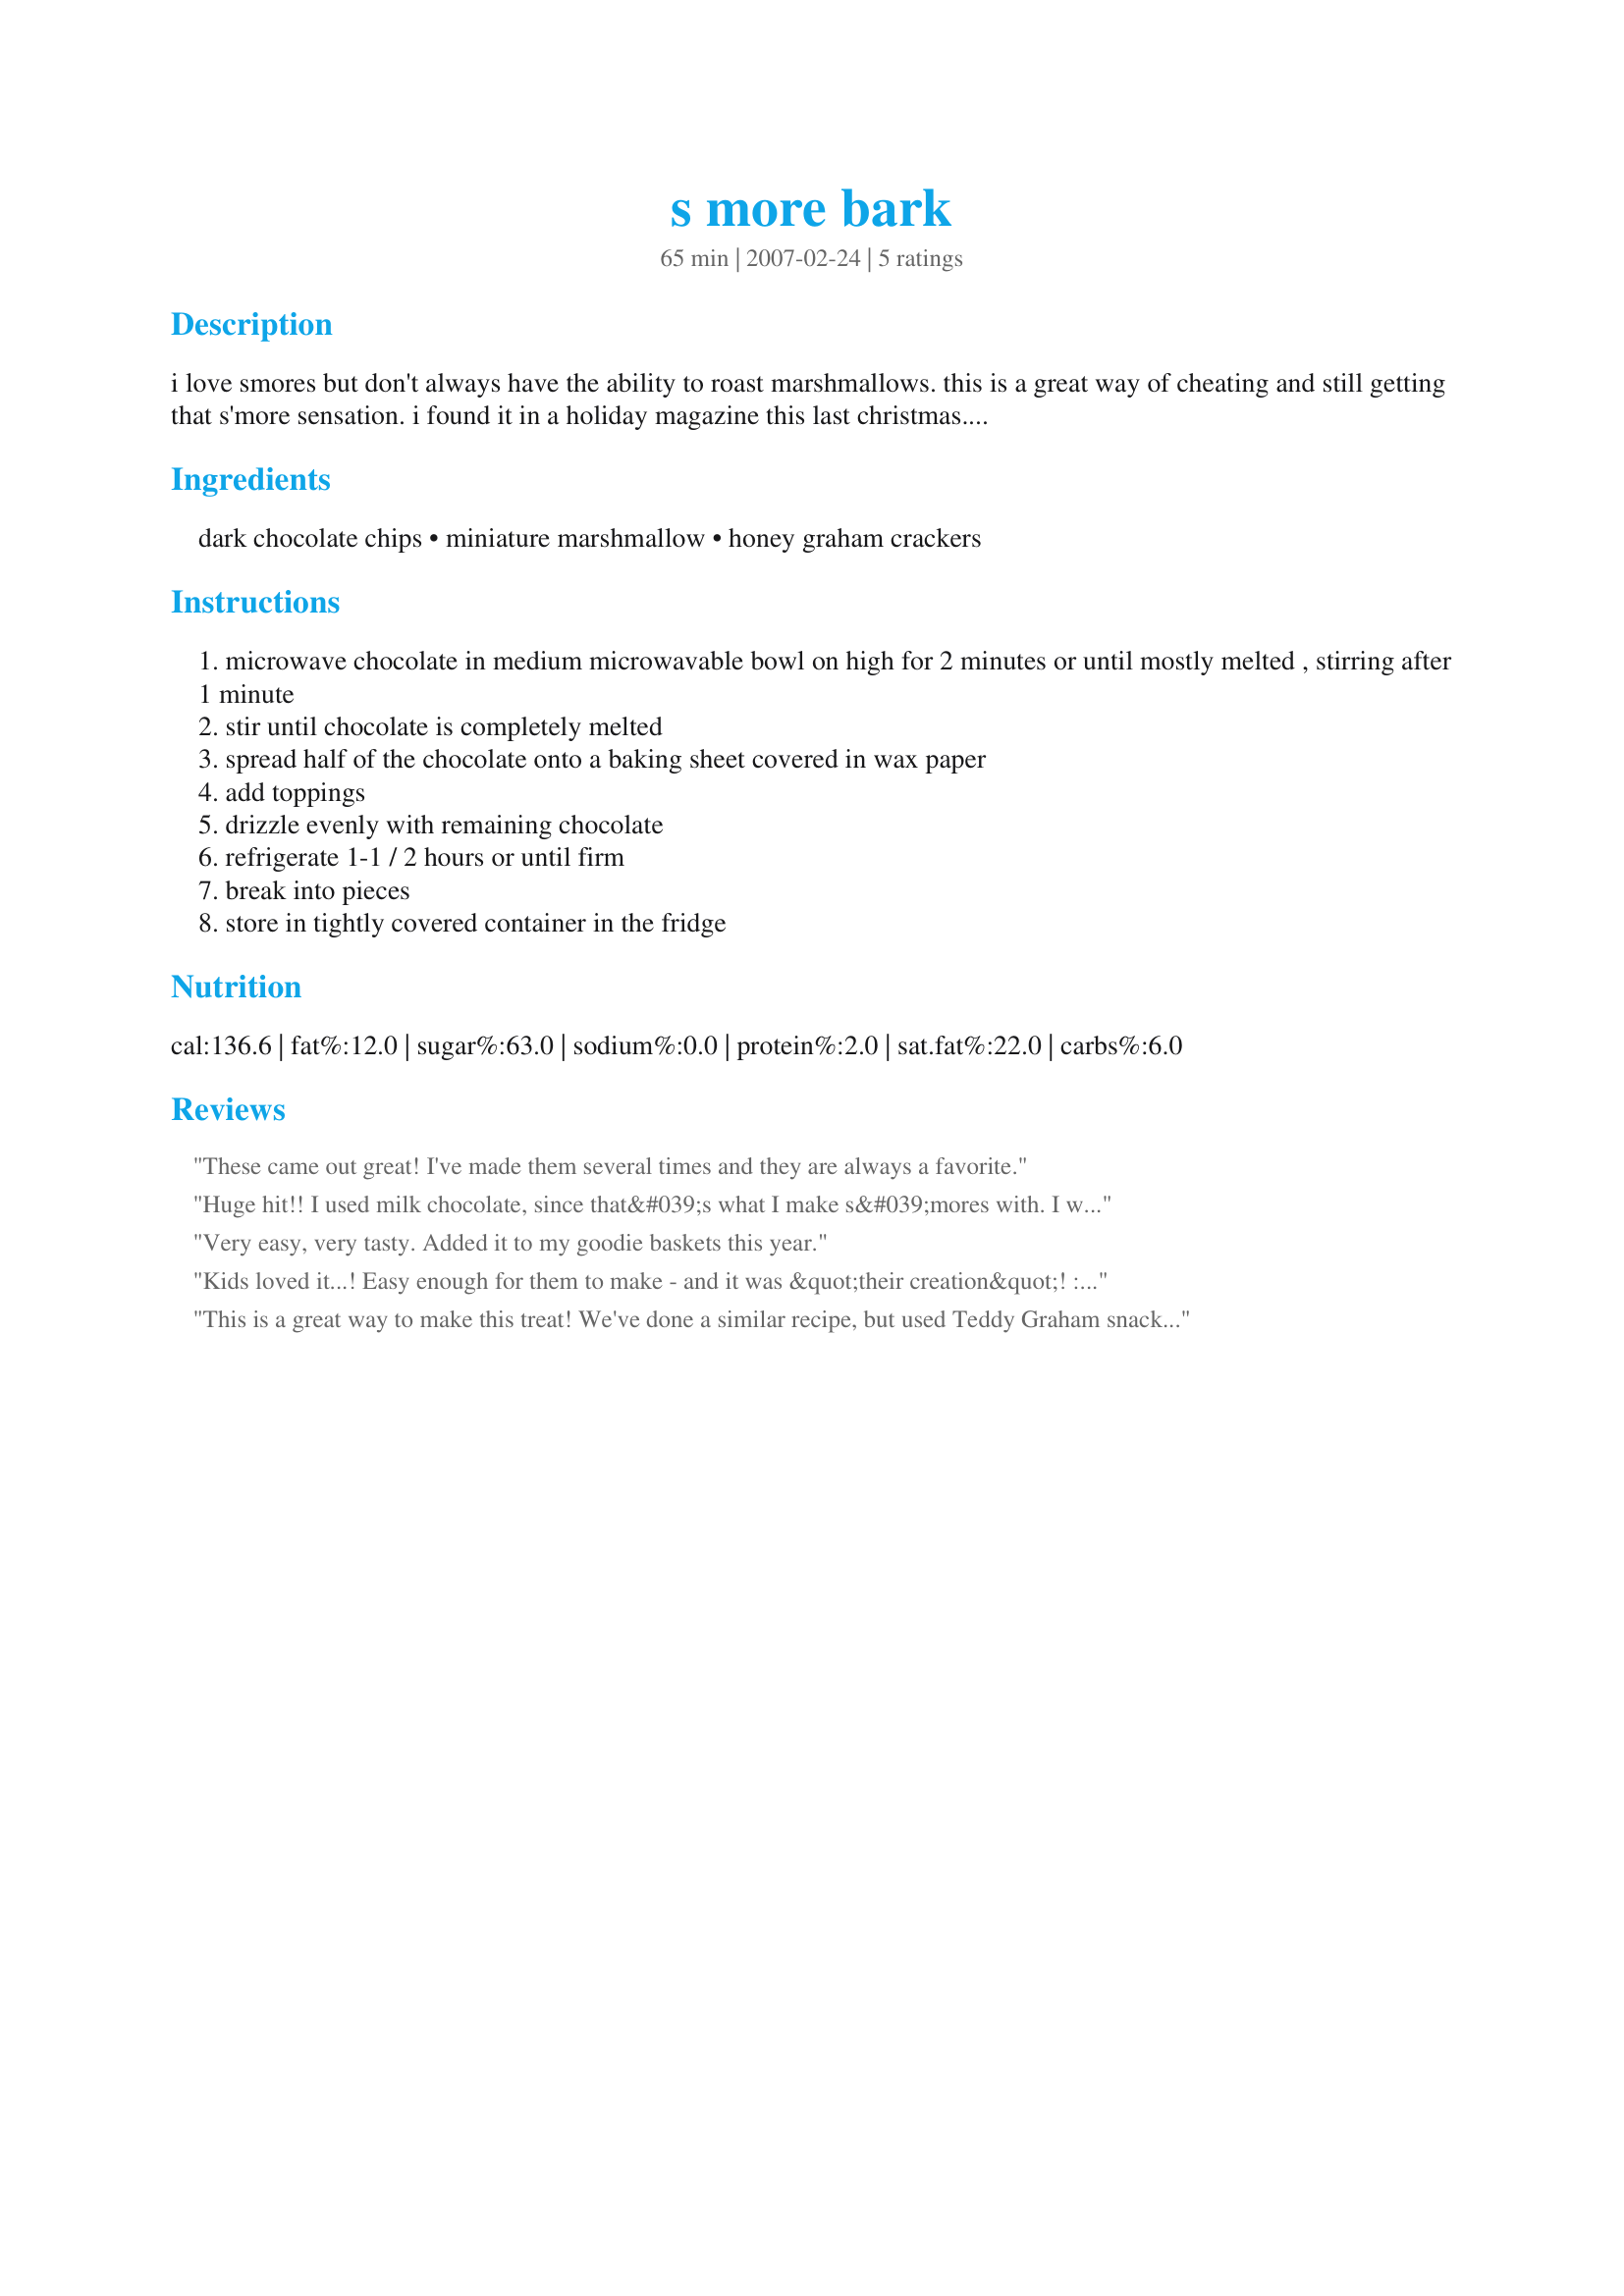
s more bark
Preparation time: 65 minutes

i love smores but don't always have the ability to roast marshmallows. this is a great way of cheating and still getting that s'more sensation. i found it in a holiday magazine this last christmas. enjoy...

Ingredients:
dark chocolate chips, miniature marshmallow, honey graham crackers

Steps:
microwave chocolate in medium microwavable bowl on high for 2 minutes or until mostly melted , stirring after 1 minute
stir until chocolate is completely melted
spread half of the chocolate onto a baking sheet covered in wax paper
add toppings
drizzle evenly with remaining chocolate
refrigerate 1-1 / 2 hours or until firm
break into pieces
store in tightly covered container in the fridge

Reviews:
These came out great! I've made them several times and they are always a favorite.
Huge hit!! I used milk chocolate, since that&#039;s what I make s&#039;mores with. I was concerned that this didn&#039;t make the quantity I expected, but it was so rich that was OK. Next time, I might try to use the grahams whole and spread chocolate on top, just to keep people cleaner. Thanks for posting!
Very easy, very tasty. Added it to my goodie baskets this year.
Kids loved it...! Easy enough for them to make - and it was &quot;their creation&quot;! :) Thanks for posting!
This is a great way to make this treat! We've done a similar recipe, but used Teddy Graham snack cookies/crackers to dress it up. Still tastes like it, though...and so much easier. Plus, you only get a little taste at a time. As a Girl Scout leader for 8+ years, a little S'mores goes a long way now! Thanks for the post.
